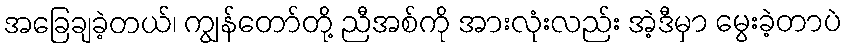
အခြေချခဲ့တယ်၊ ကျွန်တော်တို့ ညီအစ်ကို အားလုံးလည်း အဲ့ဒီမှာ မွေးခဲ့တာပဲ